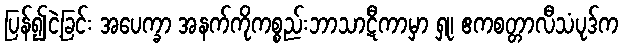
ပြန်၍ငဲ့ခြင်း အပေက္ခာ အနက်ကိုကစ္စည်းဘာသာဋီကာမှာ ရှု၊ ဧကစတ္တာလီသံပုဒ်က